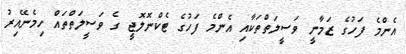
އެންމެ ފަހުގެ ޒަމާނީ ވަސީލަތްތަކާއި އެންމެ ފަހުގެ ޓެކްނޮލޮޖީ ގެ ވަސީލަތްތައް ހިމެނޭއިރު